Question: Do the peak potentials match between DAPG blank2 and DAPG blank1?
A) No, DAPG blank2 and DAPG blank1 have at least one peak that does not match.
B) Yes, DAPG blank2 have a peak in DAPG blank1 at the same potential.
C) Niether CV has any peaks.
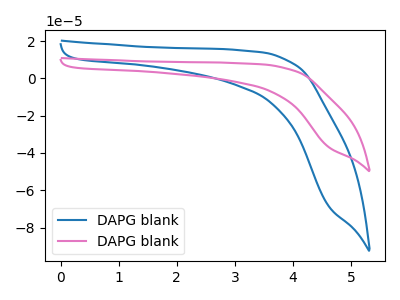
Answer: <think>The blue curve "DAPG blank1" has no peaks. The pink curve "DAPG blank2" has no peaks.</think>
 <answer>C) Niether CV has any peaks.</answer>
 <eval>C</eval>